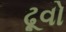
ઢૂવો